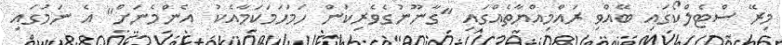
މިރޭ ސްޓެލްކޯގައި ބޭއްވި ރައްމިއްޔާތެއްގައި "ގާނޫނުގެވެރިކަން ހަމަހަމަކަމާއެކު  އެންމެނަށް" އެ ނަމުގައި